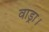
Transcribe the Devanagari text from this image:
वाड्रा।